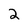
Character: 2